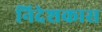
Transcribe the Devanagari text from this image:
निदेशकास